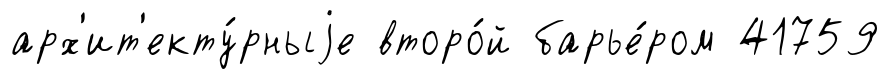
арх'ит'екту́рныjе второ́й барье́ром 41759